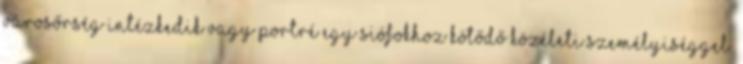
Városőrség intézkedik vagy portré egy Siófokhoz kötődő közéleti személyiséggel.